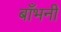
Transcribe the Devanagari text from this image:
बाँभनी